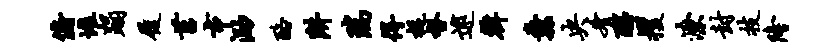
俯堆蹋履莒市泐酪阱瑞得捉督逮韩纛央肴醒攫潦封技隆